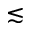
\lesssim